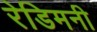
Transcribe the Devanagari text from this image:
रेडिमनी